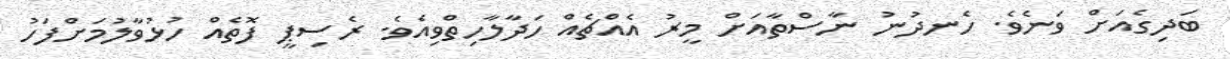
ބަދިގެއަށް ވަނެވެ. ހެނދުނު ނާސްތާއަށް މީރު އެއްޗެއް ހަދާލާހިތްވިއެވެ. ރެސިޕީ ފޮތެއް ހުޅުވާލުމަށްފަހު